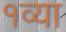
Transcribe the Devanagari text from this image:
१व्या